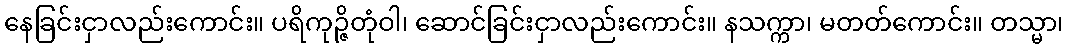
နေခြင်းငှာလည်းကောင်း။ ပရိကုဉ္ဇိတုံဝါ၊ ဆောင်ခြင်းငှာလည်းကောင်း။ နသက္ကာ၊ မတတ်ကောင်း။ တသ္မာ၊